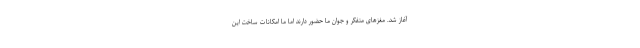
آغاز شد. مغزهای متفکر و جوان ما حضور دارند اما ما امکانات ساخت این